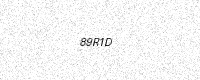
Text: 89R1D